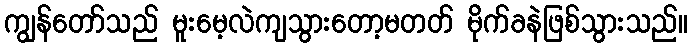
ကျွန်တော်သည် မူးမေ့လဲကျသွားတော့မတတ် မိုက်ခနဲဖြစ်သွားသည်။